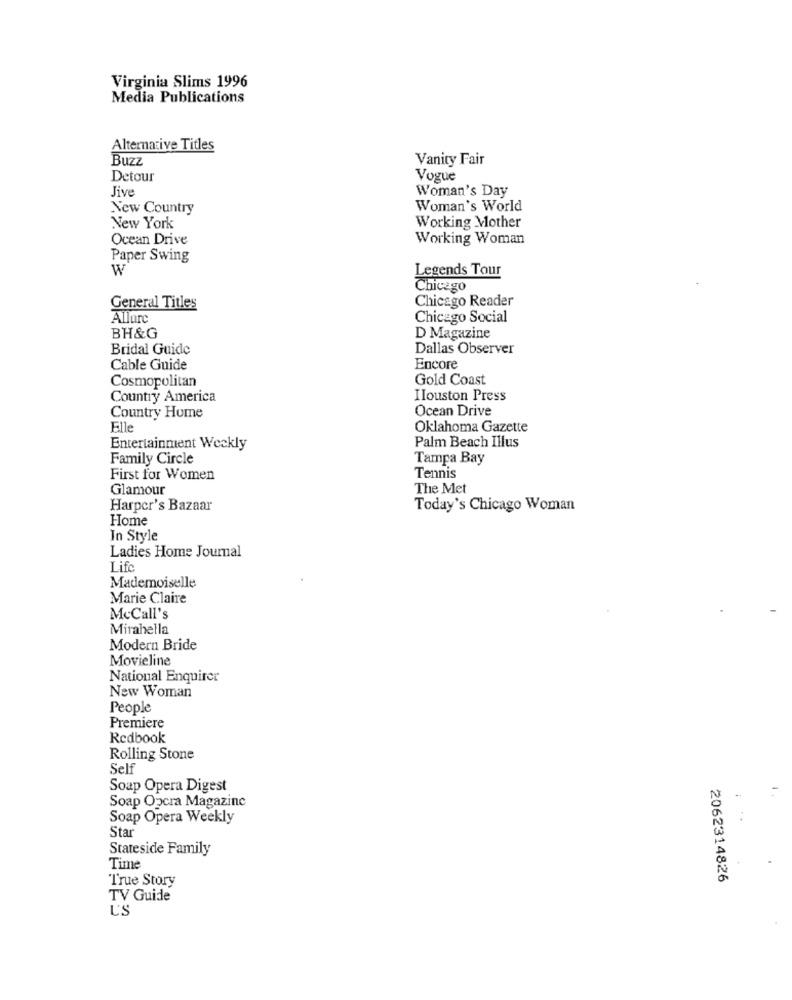
Virginia Slims 1996
Media Publications
Alternative Titles
Buzz
Vanity Fair
Detour
Vogue
Jive
Woman's Day
New Country
Woman's World
New York
Working Mother
Ocean Drive
Working Woman
Paper Swing
W
Legends Tour
Chicago
Chicago Reader
General Titles
Allure
Chicago Social
BH&G
D Magazine
Bridal Guide
Dallas Observer
Cable Guide
Encore
Cosmopolitan
Gold Coast
Country America
Ilouston Press
Ocean Drive
Country Home
Elle
Oklahoma Gazette
Entertainment Weekly
Palm Beach Illus
Family Circle
Tampa Bay
First for Women
Tennis
Glamour
The Met
Harper's Bazaar
Today's Chicago Woman
Home
In Style
Ladies Home Journal
Life
Mademoiselle
Marie Claire
McCall's
Mirahella
Modern Bride
Movieline
National Enquirer
New Woman
People
Premiere
Redbook
Rolling Stone
Self
Soap Opera Digest
Soap Opera Magazine
Soap Opera Weekly
Star
Stateside Family
Time
True Story
2062314826
TV Guide
L'S